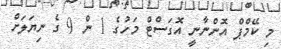
މި ކޭމްޕް އޮންނާނީ އޮގަސްޓް މަހުގެ 1 ން 9 ގެ ނިޔަލަށް